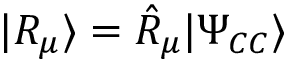
| R _ { \mu } \rangle = \hat { R } _ { \mu } | \Psi _ { C C } \rangle